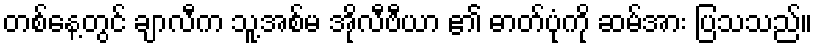
တစ်နေ့တွင် ချာလီက သူ့အစ်မ အိုလီဗီယာ ၏ ဓာတ်ပုံကို ဆမ်အား ပြသသည်။